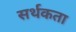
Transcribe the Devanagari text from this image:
सर्थकता